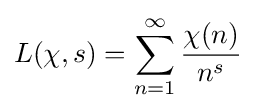
L(\chi ,s)=\sum _{n=1}^{\infty }{\frac {\chi (n)}{n^{s}}}